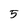
Character: 5